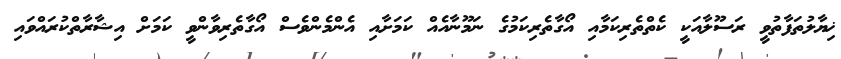
ޚިޔާލުތަފާތުވީ ރަސޫލާއަކީ ކެތްތެރިކަމާއި އޯގާތެރިކަމުގެ ނަމޫނާއެއް ކަމަށާއި އެންމެންވެސް އޯގާތެރިވާންވީ ކަމަށް އިޝާރާތްކުރައްވައި